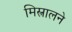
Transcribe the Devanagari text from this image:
मिस्त्रालने